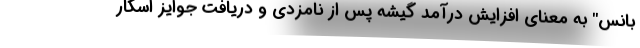
بانس" به معنای افزایش درآمد گیشه پس از نامزدی و دریافت جوایز اسکار